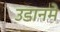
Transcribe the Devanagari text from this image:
उडानमे